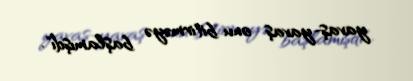
yavaş-yavaş onu bitirməyə başlamışdı".